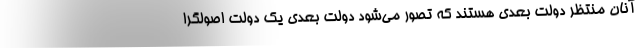
آنان منتظر دولت بعدی هستند که تصور می‌شود دولت بعدی یک دولت اصولگرا